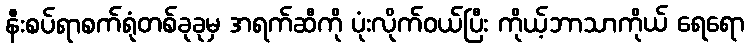
နီးစပ်ရာစက်ရုံတစ်ခုခုမှ အရက်ဆီကို ပုံးလိုက်ဝယ်ပြီး ကိုယ့်ဘာသာကိုယ် ရေရော